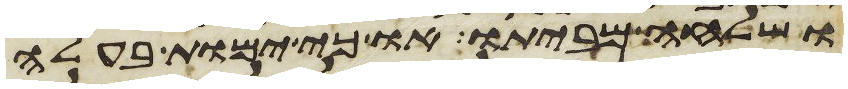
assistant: ושלחה מביתו או כי ימות בעלה